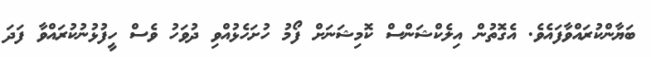
ބަޔާންކުރައްވާފައެވެ. އެގޮތުން އިލެކްޝަންސް ކޮމިޝަނަށް ފޯމު ހުށަހެޅުއްވި ދުވަހު ވެސް ހީފުޅުނުކުރައްވާ ފަދަ